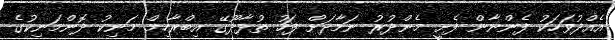
އެއްދުވަހަކު ފެންނާން ފެށީ މެންދުރު ނަމާދަށް ފަހު ތުޅާދޫގޭ އިބްރާހިމް މަނިކު ދޮންމަނިކުގެ